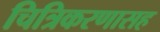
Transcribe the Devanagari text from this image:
चित्रिकरणासह